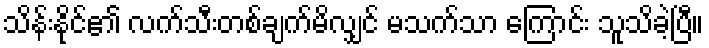
သိန်းနိုင်၏ လက်သီးတစ်ချက်မိလျှင် မသက်သာ ကြောင်း သူသိခဲ့ပြီ။